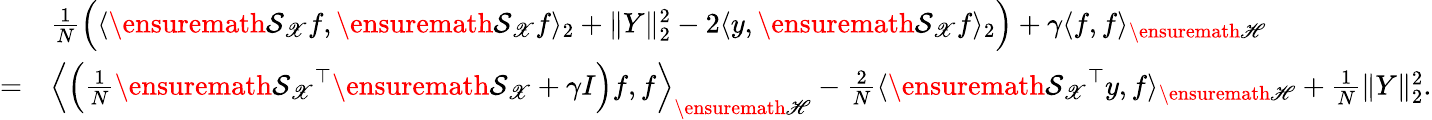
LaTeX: \begin{array}{rl}&{\frac{1}{N}\Big(\langle\ensuremath{\mathcal{S}_{\mathscr{X}}}f,\ensuremath{\mathcal{S}_{\mathscr{X}}}f\rangle_{2}+\| Y\| _{2}^{2}-2\langle y,\ensuremath{\mathcal{S}_{\mathscr{X}}}f\rangle_{2}\Big)+\gamma\langle f,f\rangle_{\ensuremath{\mathscr{H}}}}\\ {=}&{\Big\langle\Big(\frac{1}{N}\ensuremath{\mathcal{S}_{\mathscr{X}}}^{\top}\ensuremath{\mathcal{S}_{\mathscr{X}}}+\gamma I\Big)f,f\Big\rangle_{\ensuremath{\mathscr{H}}}-\frac{2}{N}\langle\ensuremath{\mathcal{S}_{\mathscr{X}}}^{\top}y,f\rangle_{\ensuremath{\mathscr{H}}}+\frac{1}{N}\| Y\| _{2}^{2}.}\end{array}